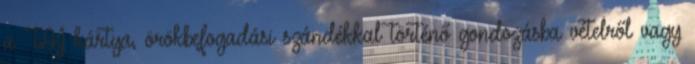
a TAJ kártya, örökbefogadási szándékkal történő gondozásba vételről vagy